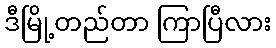
ဒီမြို့တည်တာ ကြာပြီလား